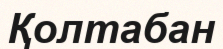
Қолтабан